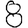
Digit: 8